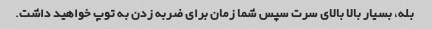
بله، بسیار بالا بالای سرت سپس شما زمان برای ضربه زدن به توپ خواهید داشت.